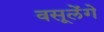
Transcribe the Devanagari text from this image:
वसूलेंगे